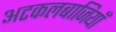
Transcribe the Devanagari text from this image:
अटकलबाजियाँ